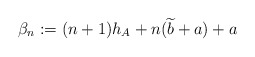
\begin{align*}\beta_n:=(n+1)h_A+n(\widetilde b+a)+a\end{align*}